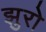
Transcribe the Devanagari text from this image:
झुरो